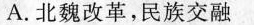
A.北魏改革，民族交融